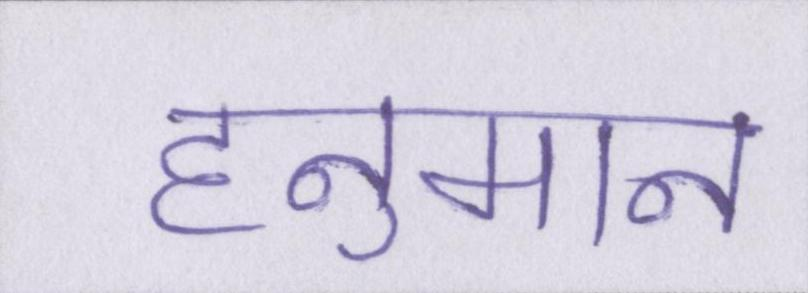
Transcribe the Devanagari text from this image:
हनुमान